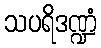
သပရိဒဏ္ဍံ